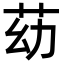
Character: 苭